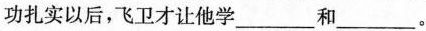
功扎实以后，飞卫才让他学___和___。